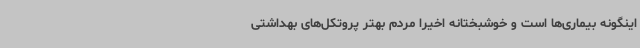
اینگونه بیماری‌ها است و خوشبختانه اخیراً مردم بهتر پروتکل‌های بهداشتی